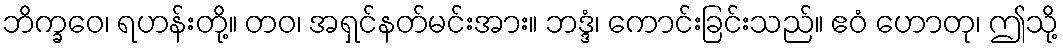
ဘိက္ခဝေ၊ ရဟန်းတို့။ တဝ၊ အရှင်နတ်မင်းအား။ ဘဒ္ဒံ၊ ကောင်းခြင်းသည်။ ဧဝံ ဟောတု၊ ဤသို့